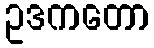
ဥဒကတော